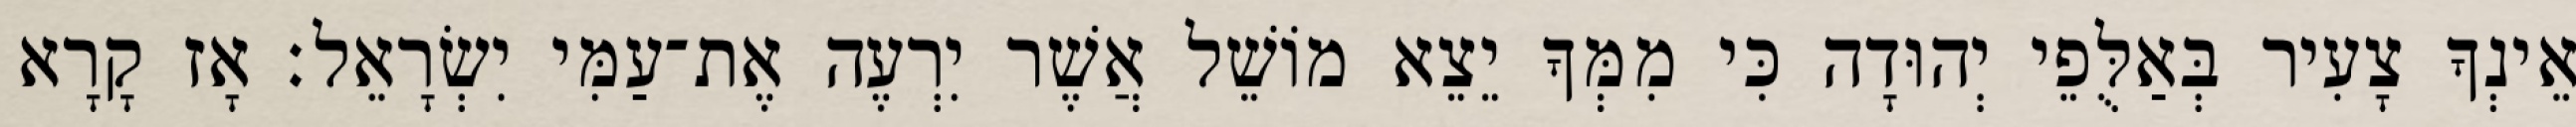
אֵינְךָ צָעִיר בְּאַלֻּפֵי יְהוּדָה כִּי מִמְּךָ יֵצֵא מוֹשֵׁל אֲשֶׁר יִרְעֶה אֶת־עַמִּי יִשְׂרָאֵל׃ אָז קָרָא